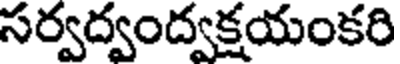
సర్వద్వంద్వక్షయంకరి